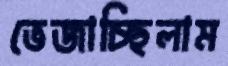
ভেজাচ্ছিলাম